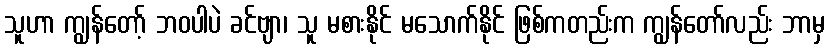
သူဟာ ကျွန်တော့် ဘဝပါပဲ ခင်ဗျာ၊ သူ မစားနိုင် မသောက်နိုင် ဖြစ်ကတည်းက ကျွန်တော်လည်း ဘာမှ